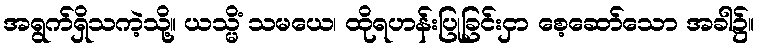
အရွက်ရှိသကဲ့သို့။ ယသ္မိံ သမယေ၊ ထိုရဟန်းပြုခြင်းငှာ စေ့ဆော်သော အခါ၌။